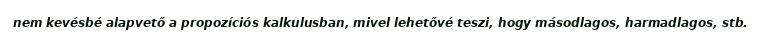
nem kevésbé alapvető a propozíciós kalkulusban, mivel lehetővé teszi, hogy másodlagos, harmadlagos, stb.